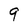
Character: 9